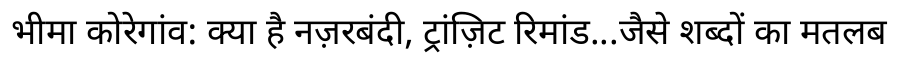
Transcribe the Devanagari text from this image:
भीमा कोरेगांव: क्या है नज़रबंदी, ट्रांज़िट रिमांड...जैसे शब्दों का मतलब